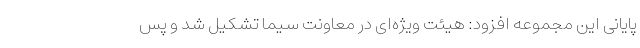
پایانی این مجموعه افزود: هیئت ویژه‌ای در معاونت سیما تشکیل شد و پس